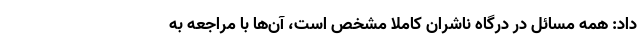
داد: همه مسائل در درگاه ناشران کاملا مشخص است، آن‌ها با مراجعه به